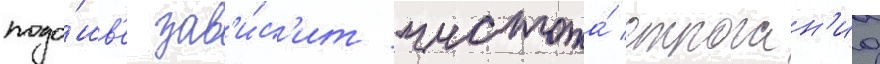
подо́шв'е зав'и́с'ит чистота́ строган'иа